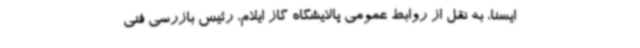
ایسنا، به نقل از روابط عمومی پالایشگاه گاز ایلام، رئیس بازرسی فنی